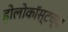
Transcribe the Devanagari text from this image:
होलोकॉस्टच्या